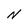
Character: N